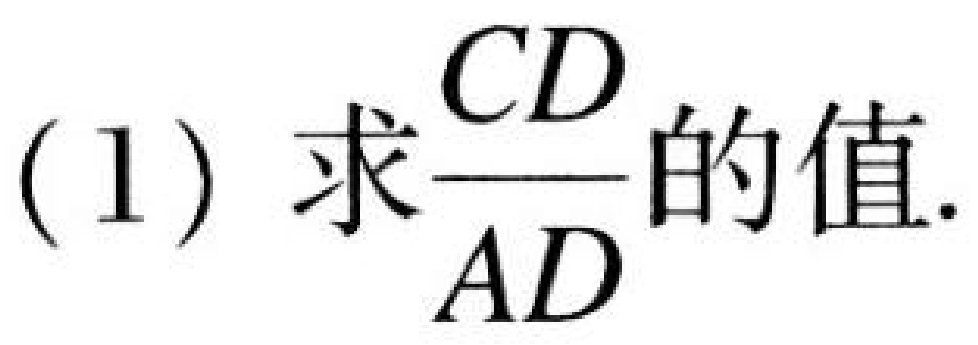
(1) 求$\frac{CD}{AD}$的值.